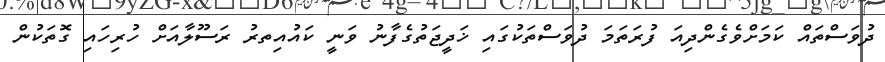
ދުވަސްތައް ކަމަށްވެގެންދިއަ ފުރަތަމަ ދުވަސްތަކުގައި ޚަދީޖަތުގެފާނު ވަނީ ކައުއިތރުު ރަސޫލާއަށް ހުރިހައި ގޮތަކުން